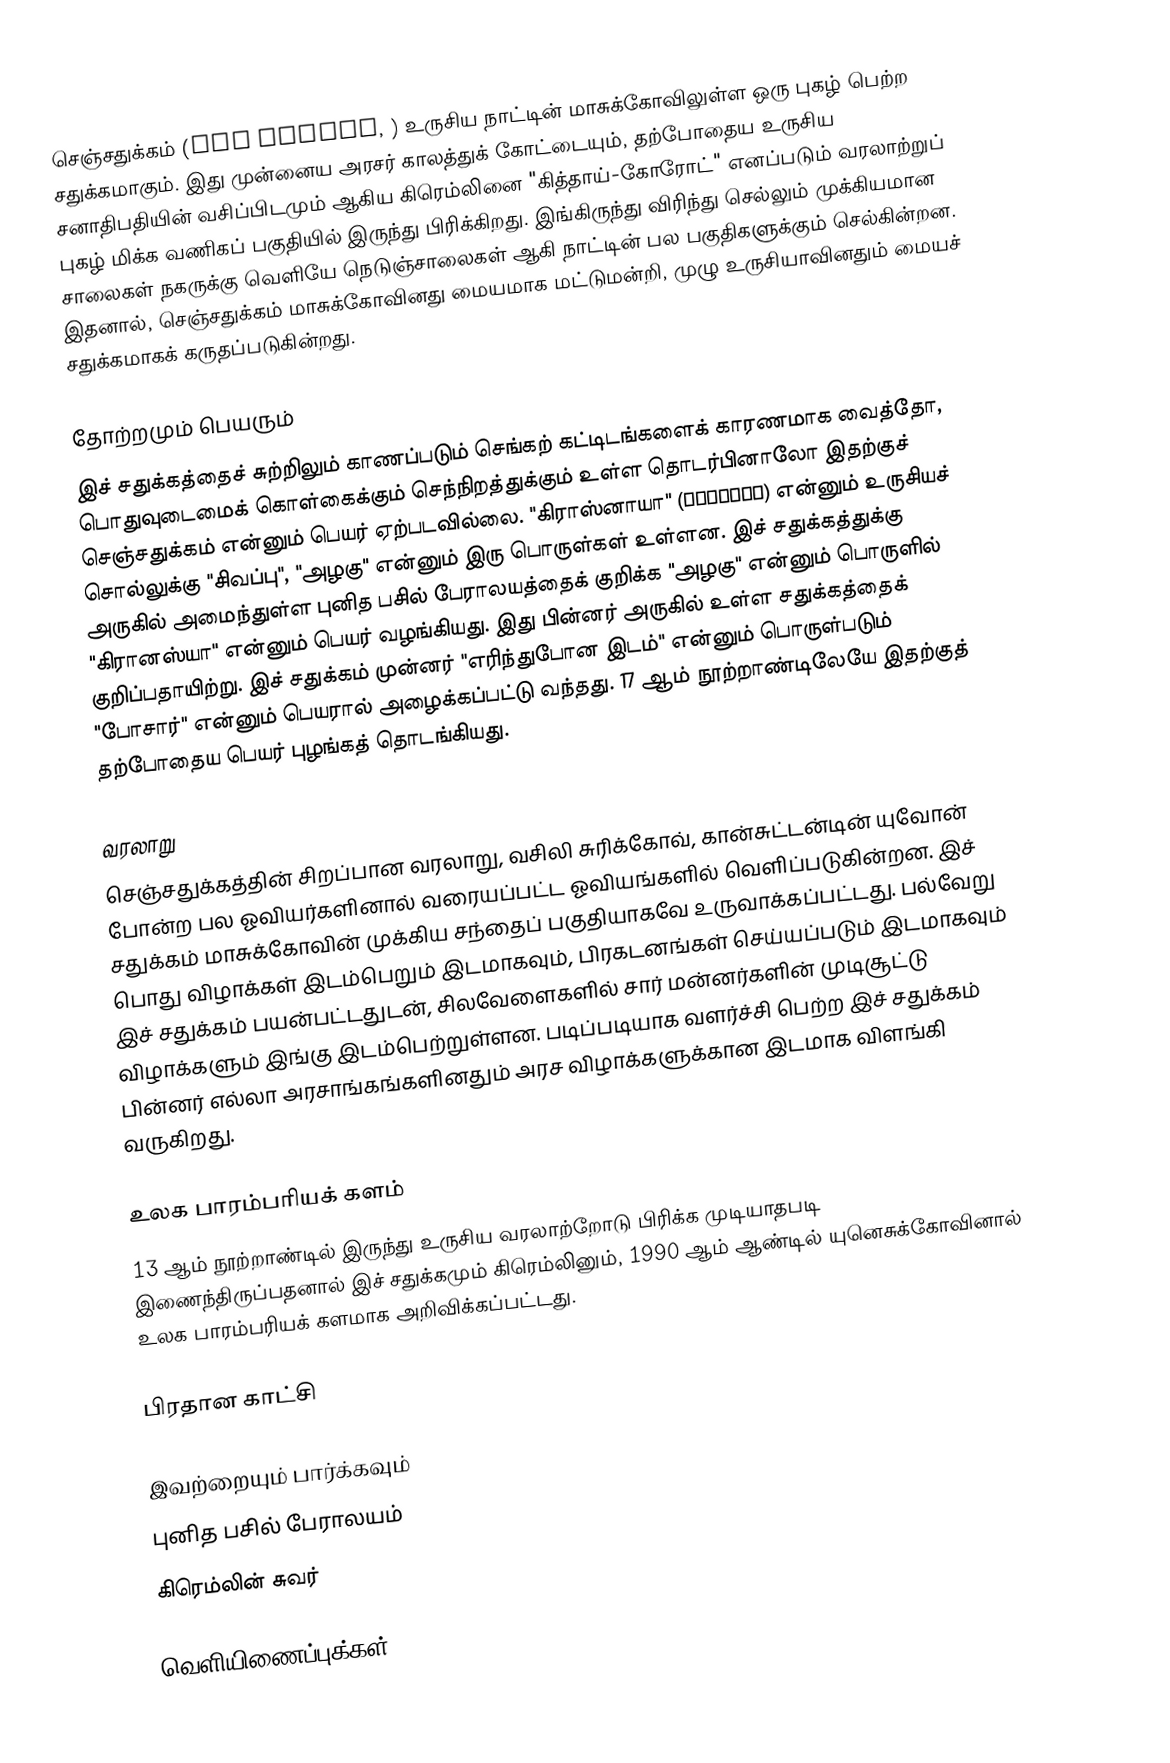
செஞ்சதுக்கம்  (Red Square, ) உருசிய நாட்டின் மாசுக்கோவிலுள்ள ஒரு புகழ் பெற்ற சதுக்கமாகும். இது முன்னைய அரசர் காலத்துக் கோட்டையும், தற்போதைய உருசிய சனாதிபதியின் வசிப்பிடமும் ஆகிய கிரெம்லினை  "கித்தாய்-கோரோட்" எனப்படும் வரலாற்றுப் புகழ் மிக்க வணிகப் பகுதியில் இருந்து பிரிக்கிறது. இங்கிருந்து விரிந்து செல்லும் முக்கியமான சாலைகள் நகருக்கு வெளியே நெடுஞ்சாலைகள் ஆகி நாட்டின் பல பகுதிகளுக்கும் செல்கின்றன. இதனால், செஞ்சதுக்கம் மாசுக்கோவினது மையமாக மட்டுமன்றி, முழு உருசியாவினதும் மையச் சதுக்கமாகக் கருதப்படுகின்றது.

தோற்றமும் பெயரும்
இச் சதுக்கத்தைச் சுற்றிலும் காணப்படும் செங்கற் கட்டிடங்களைக் காரணமாக வைத்தோ, பொதுவுடைமைக் கொள்கைக்கும் செந்நிறத்துக்கும் உள்ள தொடர்பினாலோ இதற்குச் செஞ்சதுக்கம் என்னும் பெயர் ஏற்படவில்லை. "கிராஸ்னாயா" (красная) என்னும் உருசியச் சொல்லுக்கு "சிவப்பு", "அழகு" என்னும் இரு பொருள்கள் உள்ளன. இச் சதுக்கத்துக்கு அருகில் அமைந்துள்ள புனித பசில் பேராலயத்தைக் குறிக்க "அழகு" என்னும் பொருளில் "கிரானஸ்யா" என்னும் பெயர் வழங்கியது. இது பின்னர் அருகில் உள்ள சதுக்கத்தைக் குறிப்பதாயிற்று. இச் சதுக்கம் முன்னர் "எரிந்துபோன இடம்" என்னும் பொருள்படும் "போசார்" என்னும் பெயரால் அழைக்கப்பட்டு வந்தது. 17 ஆம் நூற்றாண்டிலேயே இதற்குத் தற்போதைய பெயர் புழங்கத் தொடங்கியது.

வரலாறு
செஞ்சதுக்கத்தின் சிறப்பான வரலாறு, வசிலி சுரிக்கோவ், கான்சுட்டன்டின் யுவோன் போன்ற பல ஓவியர்களினால் வரையப்பட்ட ஓவியங்களில் வெளிப்படுகின்றன. இச் சதுக்கம் மாசுக்கோவின் முக்கிய சந்தைப் பகுதியாகவே உருவாக்கப்பட்டது. பல்வேறு பொது விழாக்கள் இடம்பெறும் இடமாகவும், பிரகடனங்கள் செய்யப்படும் இடமாகவும் இச் சதுக்கம் பயன்பட்டதுடன், சிலவேளைகளில் சார் மன்னர்களின் முடிசூட்டு விழாக்களும் இங்கு இடம்பெற்றுள்ளன. படிப்படியாக வளர்ச்சி பெற்ற இச் சதுக்கம் பின்னர் எல்லா அரசாங்கங்களினதும் அரச விழாக்களுக்கான இடமாக விளங்கி வருகிறது.

உலக பாரம்பரியக் களம்
13 ஆம் நூற்றாண்டில் இருந்து உருசிய வரலாற்றோடு பிரிக்க முடியாதபடி இணைந்திருப்பதனால் இச் சதுக்கமும் கிரெம்லினும், 1990 ஆம் ஆண்டில் யுனெசுக்கோவினால் உலக பாரம்பரியக் களமாக அறிவிக்கப்பட்டது.

பிரதான காட்சி

இவற்றையும் பார்க்கவும்
 புனித பசில் பேராலயம்
 கிரெம்லின் சுவர்

வெளியிணைப்புக்கள்